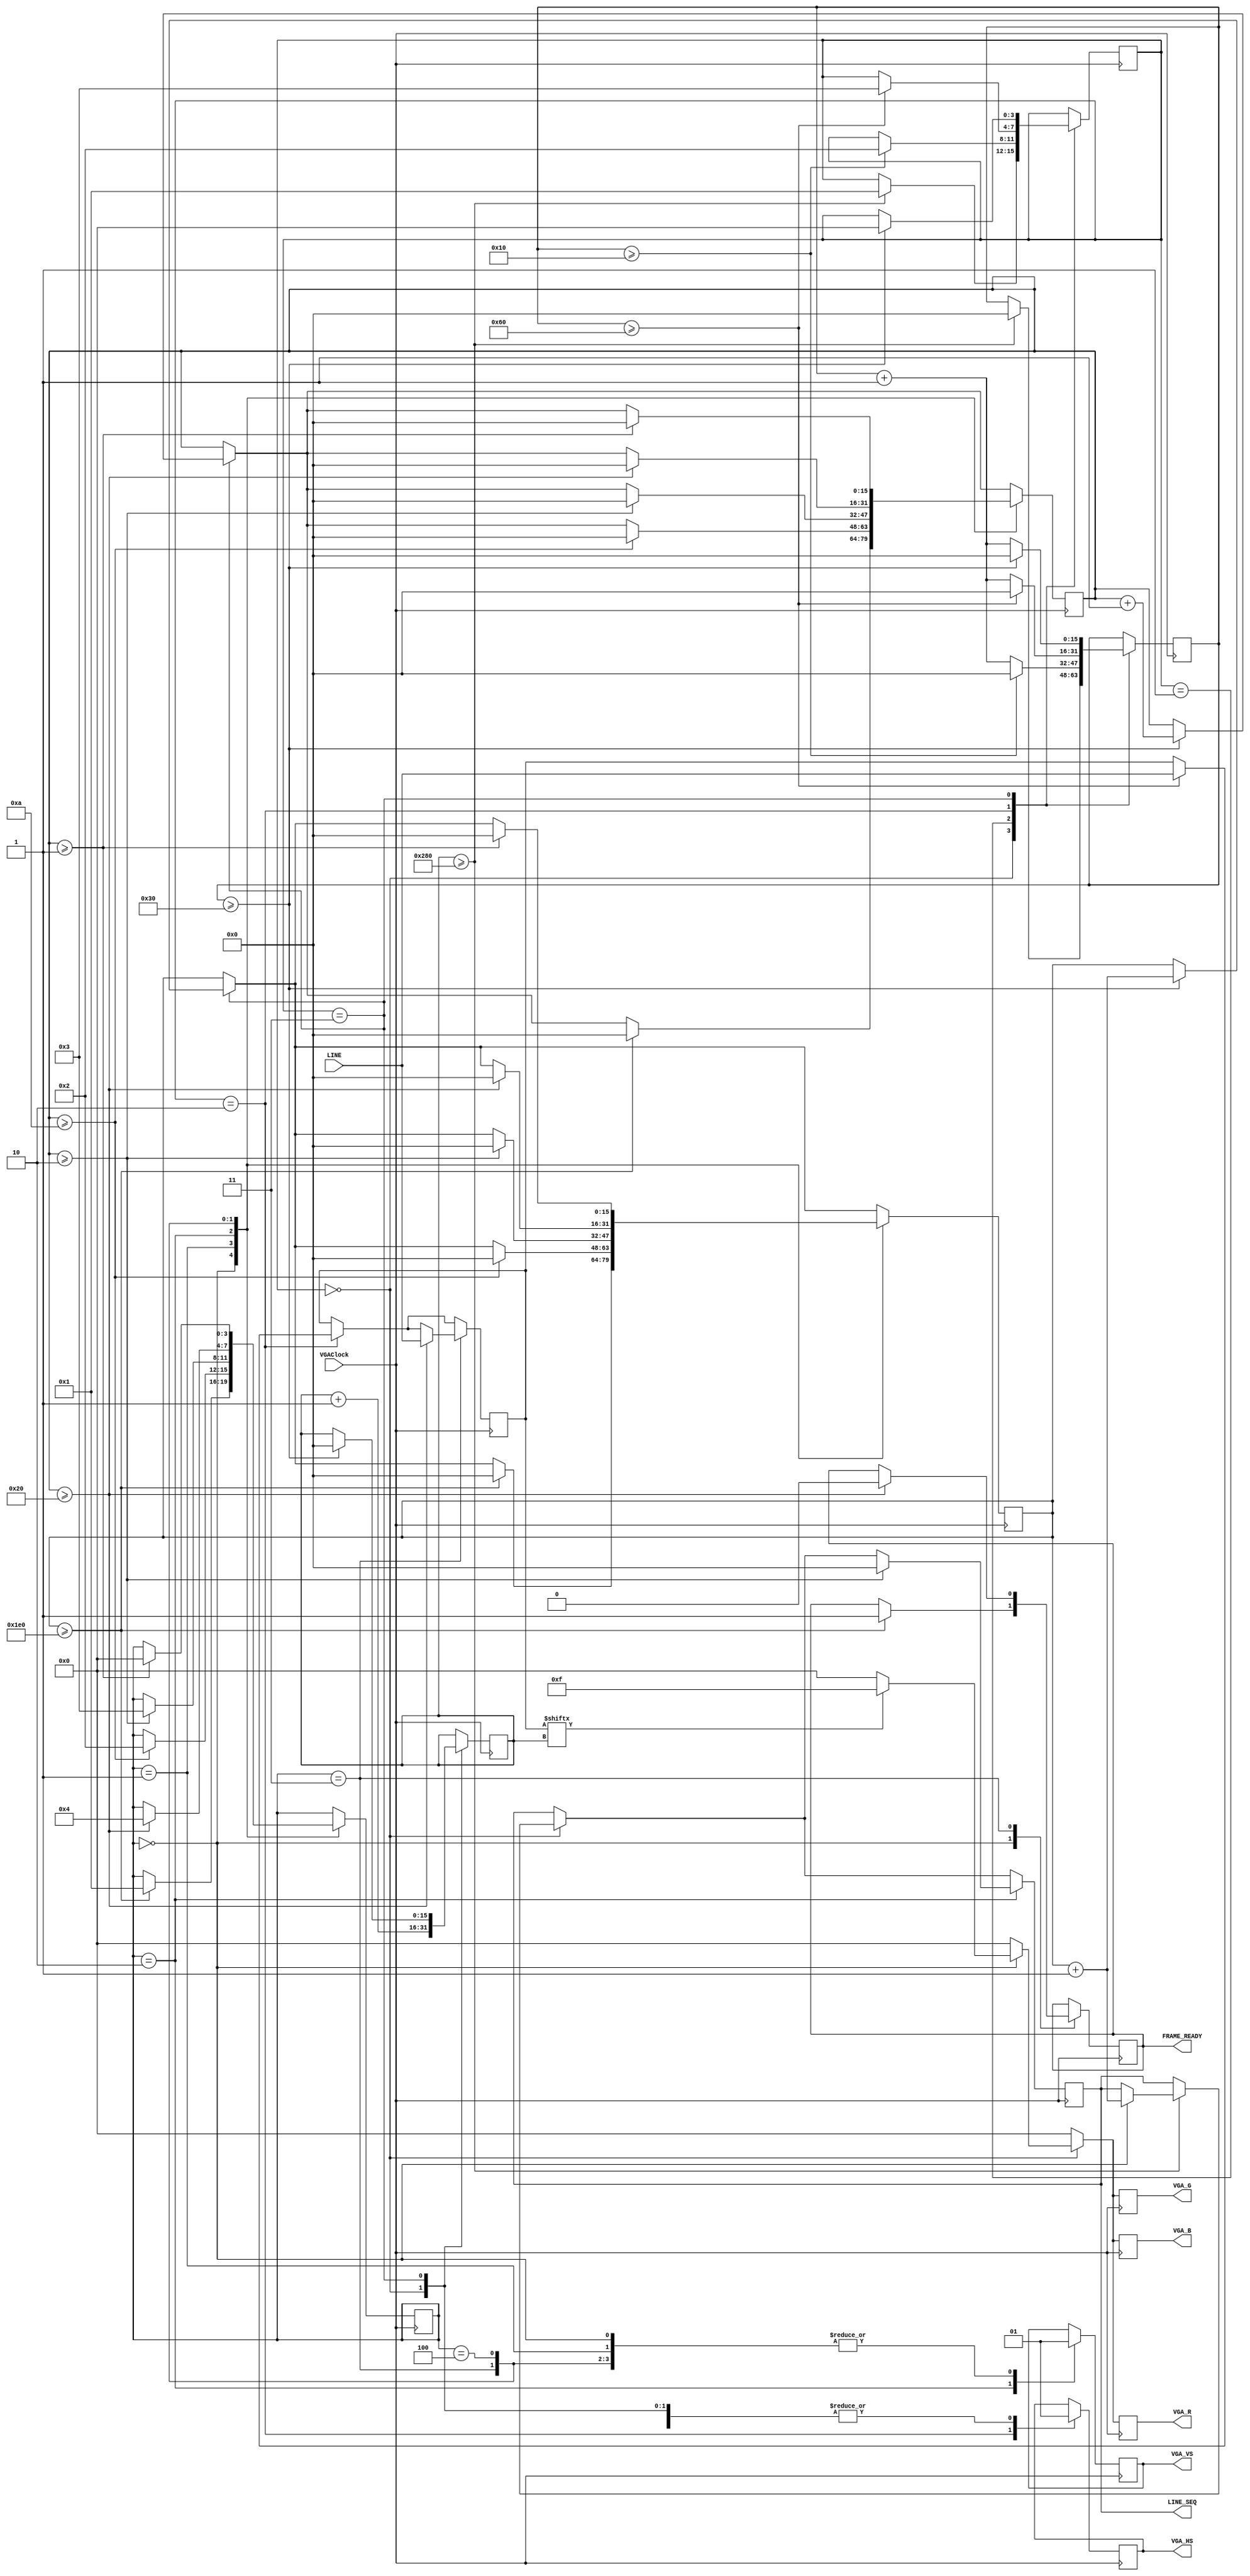
module VGAHandler (VGAClock, VGA_R, VGA_G, VGA_B, VGA_VS, VGA_HS, LINE_SEQ, LINE, FRAME_READY);
	input VGAClock;
	output reg [3:0] VGA_R, VGA_G, VGA_B;
	output reg VGA_VS, VGA_HS;
	
	output reg [15:0] LINE_SEQ;
	input [639:0] LINE;
	reg [639:0] nowLine;
	
	output reg FRAME_READY;
	
	//0:vaild pixels, 1:front porch, 2:sync pulse, 3:back porch
	reg[3:0] H_Status;
	//0:vaild lines, 1:front porch, 2:sync pulse, 3:back porch, 4:back porch(last line)
	reg[3:0] V_Status;
	
	reg [15:0] h_pos;
	reg [15:0] v_pos;
	
	reg [15:0] h_counter;
	reg [15:0] v_counter;
	
	
	initial
	begin
		H_Status<=0;
		V_Status<=0;
		h_pos<=0;
		v_pos<=0;
		
		h_counter<=0;
		v_counter<=0;
		
		nowLine<=640'b0;
		
		FRAME_READY<=0;
	end

	
	always @(posedge VGAClock)
	begin
	
		VGA_R<=0;
		VGA_G<=0;
		VGA_B<=0;
		
		case(H_Status)
		0:begin
			VGA_HS<=1;
			
			if(V_Status==0)
			begin
				if(nowLine[h_pos])
				begin
					VGA_R<=15;
					VGA_G<=15;
					VGA_B<=15;
				end
				else
				begin
					VGA_R<=0;
					VGA_G<=0;
					VGA_B<=0;
				end
			end
			else
			begin
				VGA_R<=0;
				VGA_G<=0;
				VGA_B<=0;
			end
			
			h_pos<=h_pos+1;
			if(h_pos>=640)
			begin
				H_Status<=1;
				h_counter<=0;
				if(V_Status==0)
				begin
					LINE_SEQ<=v_pos+1;
				end
				
			end
		end
		
		1:begin
			VGA_HS<=1;
			h_counter<=h_counter+1;
			if(h_counter>=16)
			begin
				H_Status<=2;
				h_counter<=0;
			end
		end
		
		2:begin
			VGA_HS<=0;
			h_counter<=h_counter+1;
			if(h_counter>=96)
			begin
				H_Status<=3;
				h_counter<=0;
				
				nowLine<=LINE;
			end
		end
				
		3:begin
			VGA_HS<=1;
			h_counter<=h_counter+1;
			if(h_counter>=48)
			begin						
				h_counter<=0;
				h_pos<=0;
				H_Status<=0;
				v_pos<=v_pos+1;
				v_counter<=v_counter+1;
				
			end
		end			
	endcase
	
	case (V_Status)
		0:begin
			VGA_VS<=1;
			
			if(v_pos>=480)
			begin
				v_pos<=0;
				v_counter<=0;
				V_Status<=1;		
				FRAME_READY<=1;				
			end
		end
		1:begin
			VGA_VS<=1;		
			if(v_counter>=10)
			begin
				v_pos<=0;				
				v_counter<=0;
				V_Status<=2;
			end			
		end
		2:begin
			VGA_VS<=0;
			if(v_counter>=2)
			begin
				v_pos<=0;
				v_counter<=0;
				V_Status<=3;
				LINE_SEQ <= 0;
			end	
		end
		3:begin
			VGA_VS<=1;
			if(v_counter>=32)
			begin
				v_pos<=0;
				v_counter<=0;
				V_Status<=4;
				FRAME_READY<=0;				
				
				nowLine<=LINE;
			end	
		end
		
		4:begin
			VGA_VS<=1;
			if(v_counter>=1)
			begin
				v_pos<=0;
				v_counter<=0;
				V_Status<=0;
				
			end	
		end
	endcase
	
	end
endmodule